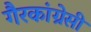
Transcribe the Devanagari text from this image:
गैरकांग्रेसी